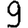
Digit: 9